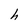
Character: h